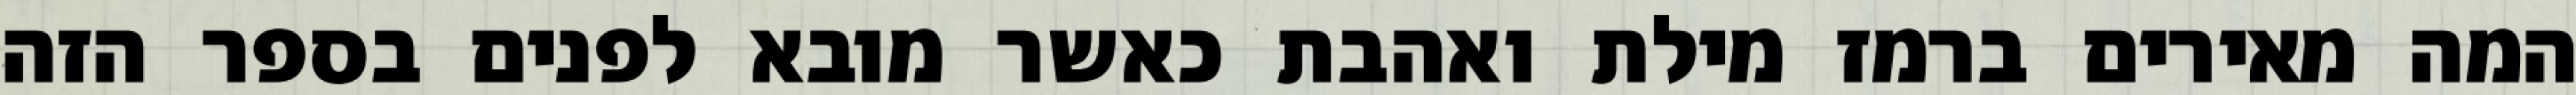
המה מאירים ברמז מילת ואהבת כאשר מובא לפנים בספר הזה